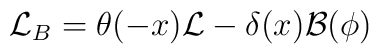
{\cal L}_{B}=\theta(-x){\cal L}-\delta(x){\cal B}(\phi)